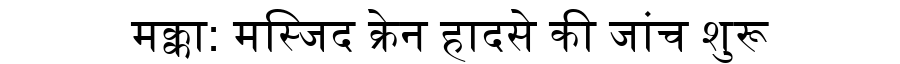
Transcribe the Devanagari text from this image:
मक्का: मस्जिद क्रेन हादसे की जांच शुरू